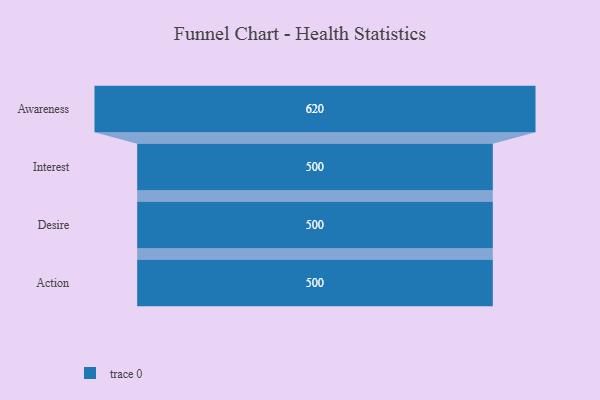
{"axis": {"x": "Stage", "y": "Value"}, "legend": [""], "data": [{"x": "Awareness", "y": 620.0, "type": ""}, {"x": "Interest", "y": 500, "type": ""}, {"x": "Desire", "y": 500, "type": ""}, {"x": "Action", "y": 500, "type": ""}]}